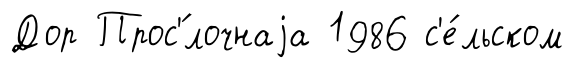
Дор Прос'́лочнаjа 1986 с'е́льском